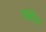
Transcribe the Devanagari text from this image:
हंबीरा